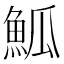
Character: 䱄